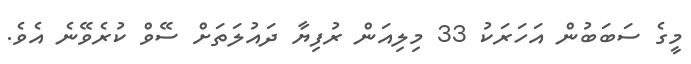
މީގެ ސަބަބުން އަހަރަކު 33 މިލިއަން ރުފިޔާ ދައުލަތަށް ސޭވް ކުރެވޭނެ އެވެ.